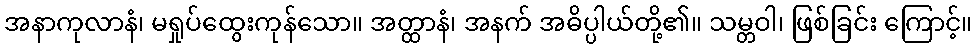
အနာကုလာနံ၊ မရှုပ်ထွေးကုန်သော။ အတ္ထာနံ၊ အနက် အဓိပ္ပါယ်တို့၏။ သမ္တဝါ၊ ဖြစ်ခြင်း ကြောင့်။